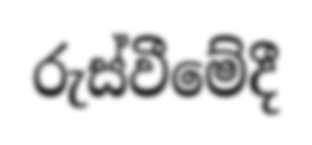
රුස්වීමේදී